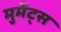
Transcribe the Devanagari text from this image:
मुमेंट्स